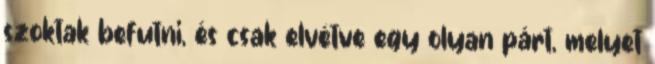
szoktak befutni, és csak elvétve egy olyan párt, melyet